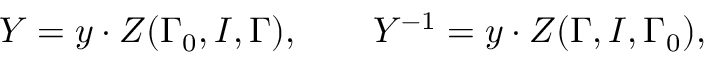
Y = y \cdot Z ( \Gamma _ { 0 } , I , \Gamma ) , \mathbf { \qquad } Y ^ { - 1 } = y \cdot Z ( \Gamma , I , \Gamma _ { 0 } ) ,